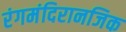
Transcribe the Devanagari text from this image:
रंगमंदिरानजिक